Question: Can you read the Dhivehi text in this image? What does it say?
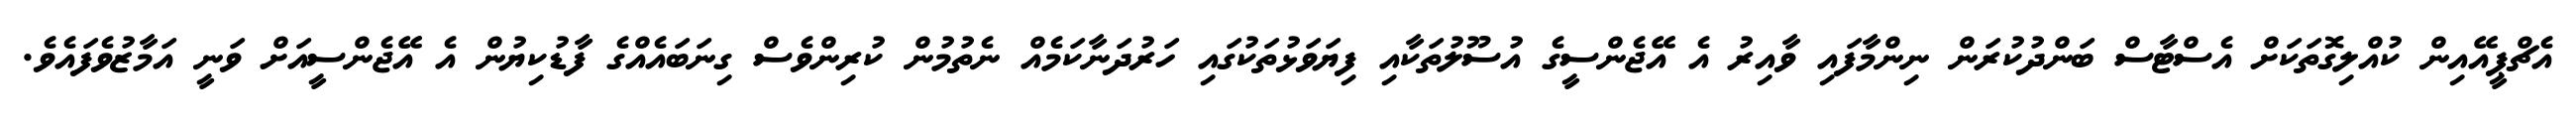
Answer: އެޗްޕީއޭއިން ކުއްލިގޮތަކަށް އެސްޓާސް ބަންދުކުރަން ނިންމާފައި ވާއިރު އެ އޭޖެންސީގެ އުސޫލުތަކާއި ފިޔަވަޅުތަކުގައި ހަރުދަނާކަމެއް ނެތުމުން ކުރިންވެސް ގިނަބައެއްގެ ފާޑުކިޔުން އެ އޭޖެންސީއަށް ވަނީ އަމާޒުވެފައެވެ.